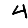
Digit: 4